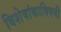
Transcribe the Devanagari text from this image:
विशेषांकाविषयी